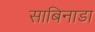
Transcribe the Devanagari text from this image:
साबिनाडा